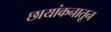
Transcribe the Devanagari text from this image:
छायांकनातून